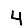
Digit: 4